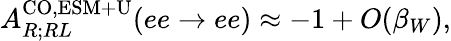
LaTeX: A_{R;RL}^{\mathrm{CO,ESM+U}}(ee\to ee)\approx-1+O(\beta_{W}),